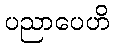
ပညာပေဟိ